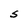
Character: S